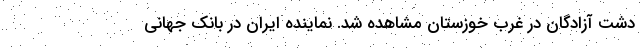
دشت آزادگان در غرب خوزستان مشاهده شد. نماینده ایران در بانک جهانی